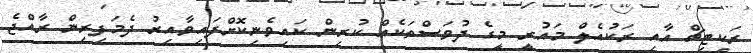
ރަކިޓިޗް އާއި ރަކުއެލް މައުރީ މީގެ ދުވަސްތަކެއް ކުރިން ކައިވެނިކޮށްފައިވާއިރު ދެމަފިރިން ރާއްޖެ